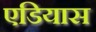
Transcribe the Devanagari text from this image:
एडियास